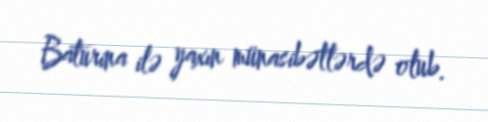
Baturina ilə yaxın münasibətlərdə olub.